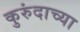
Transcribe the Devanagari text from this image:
कुरुंदाच्या